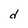
Character: d